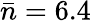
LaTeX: \bar{n}=6.4